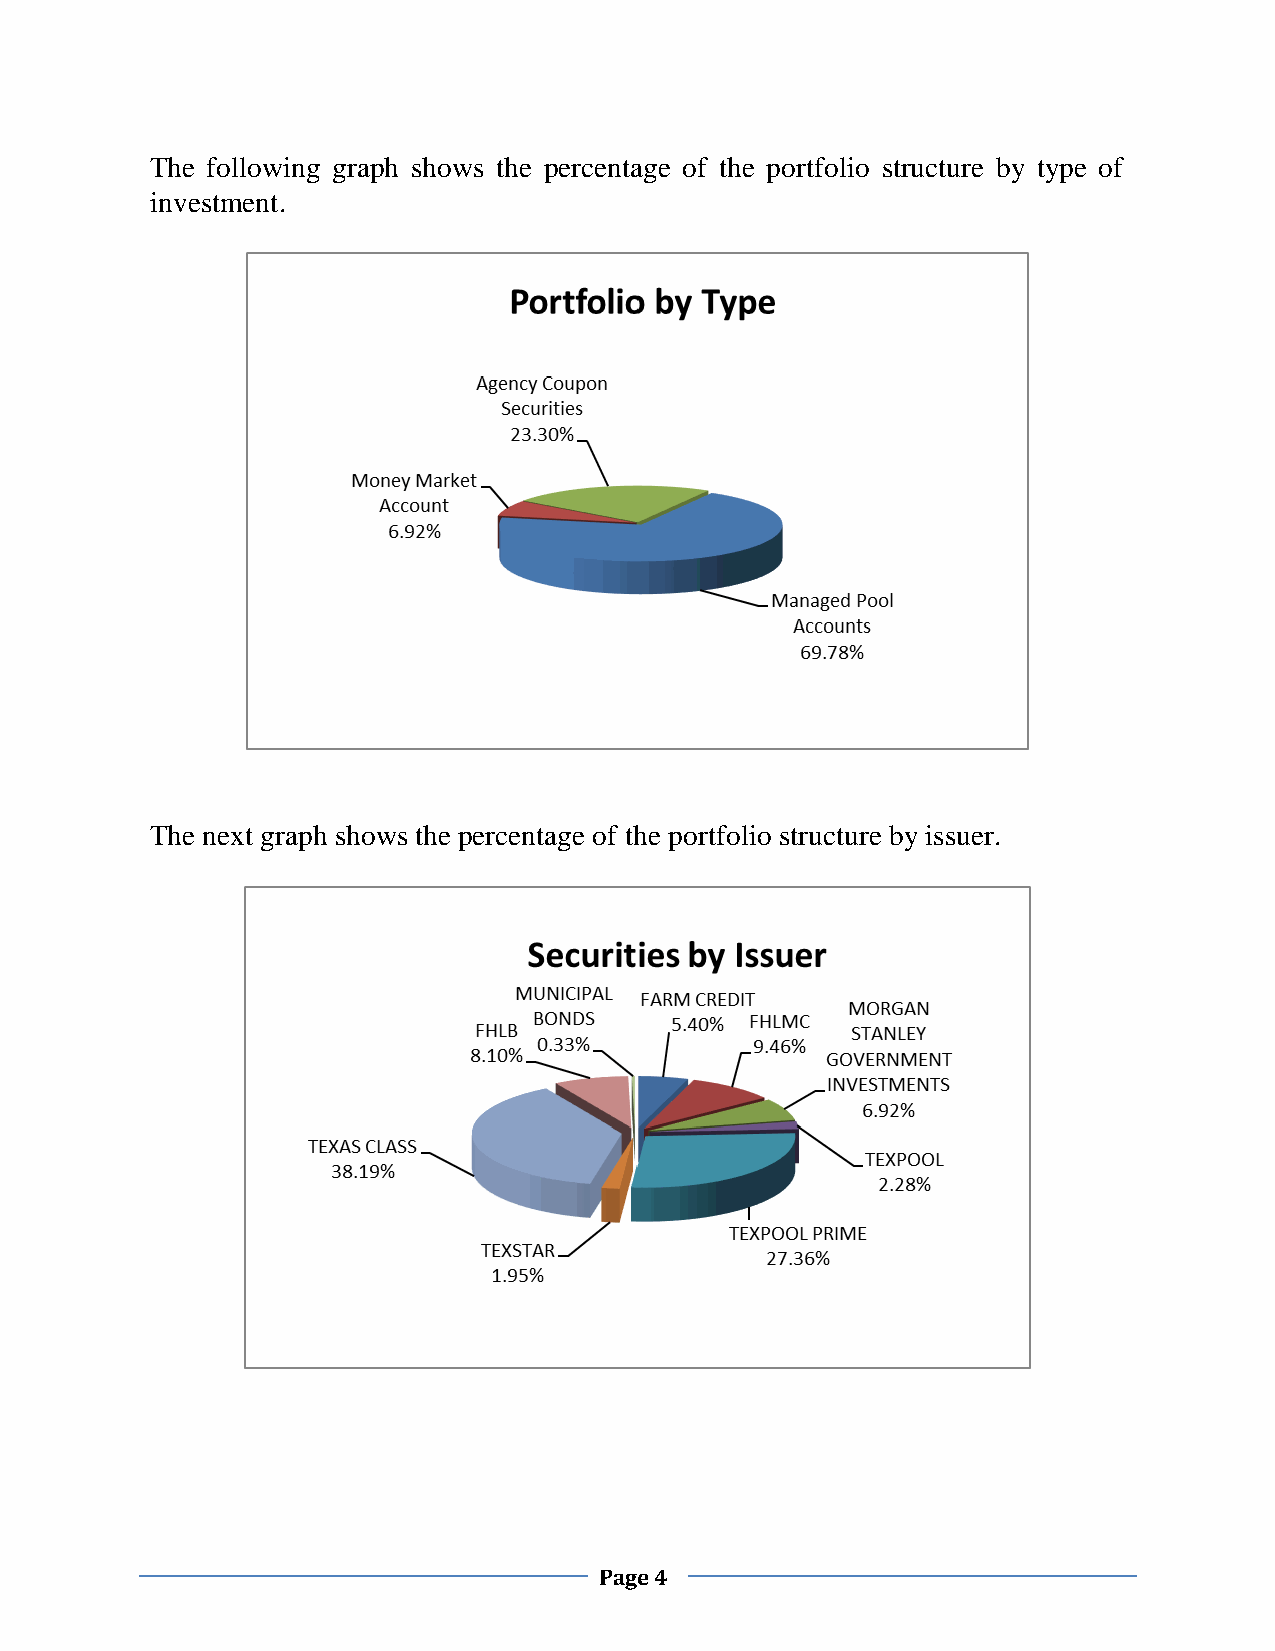
The following graph shows the percentage of the portfolio structure by type of
 investment.
 The next graph shows the percentage of the portfolio structure by issuer.
 Page 4